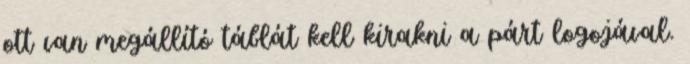
ott van megállító táblát kell kirakni a párt logojával.